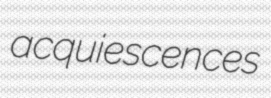
acquiescences